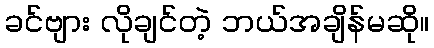
ခင်ဗျား လိုချင်တဲ့ ဘယ်အချိန်မဆို။